Kaarli_hariduselts_Sade, lk 9
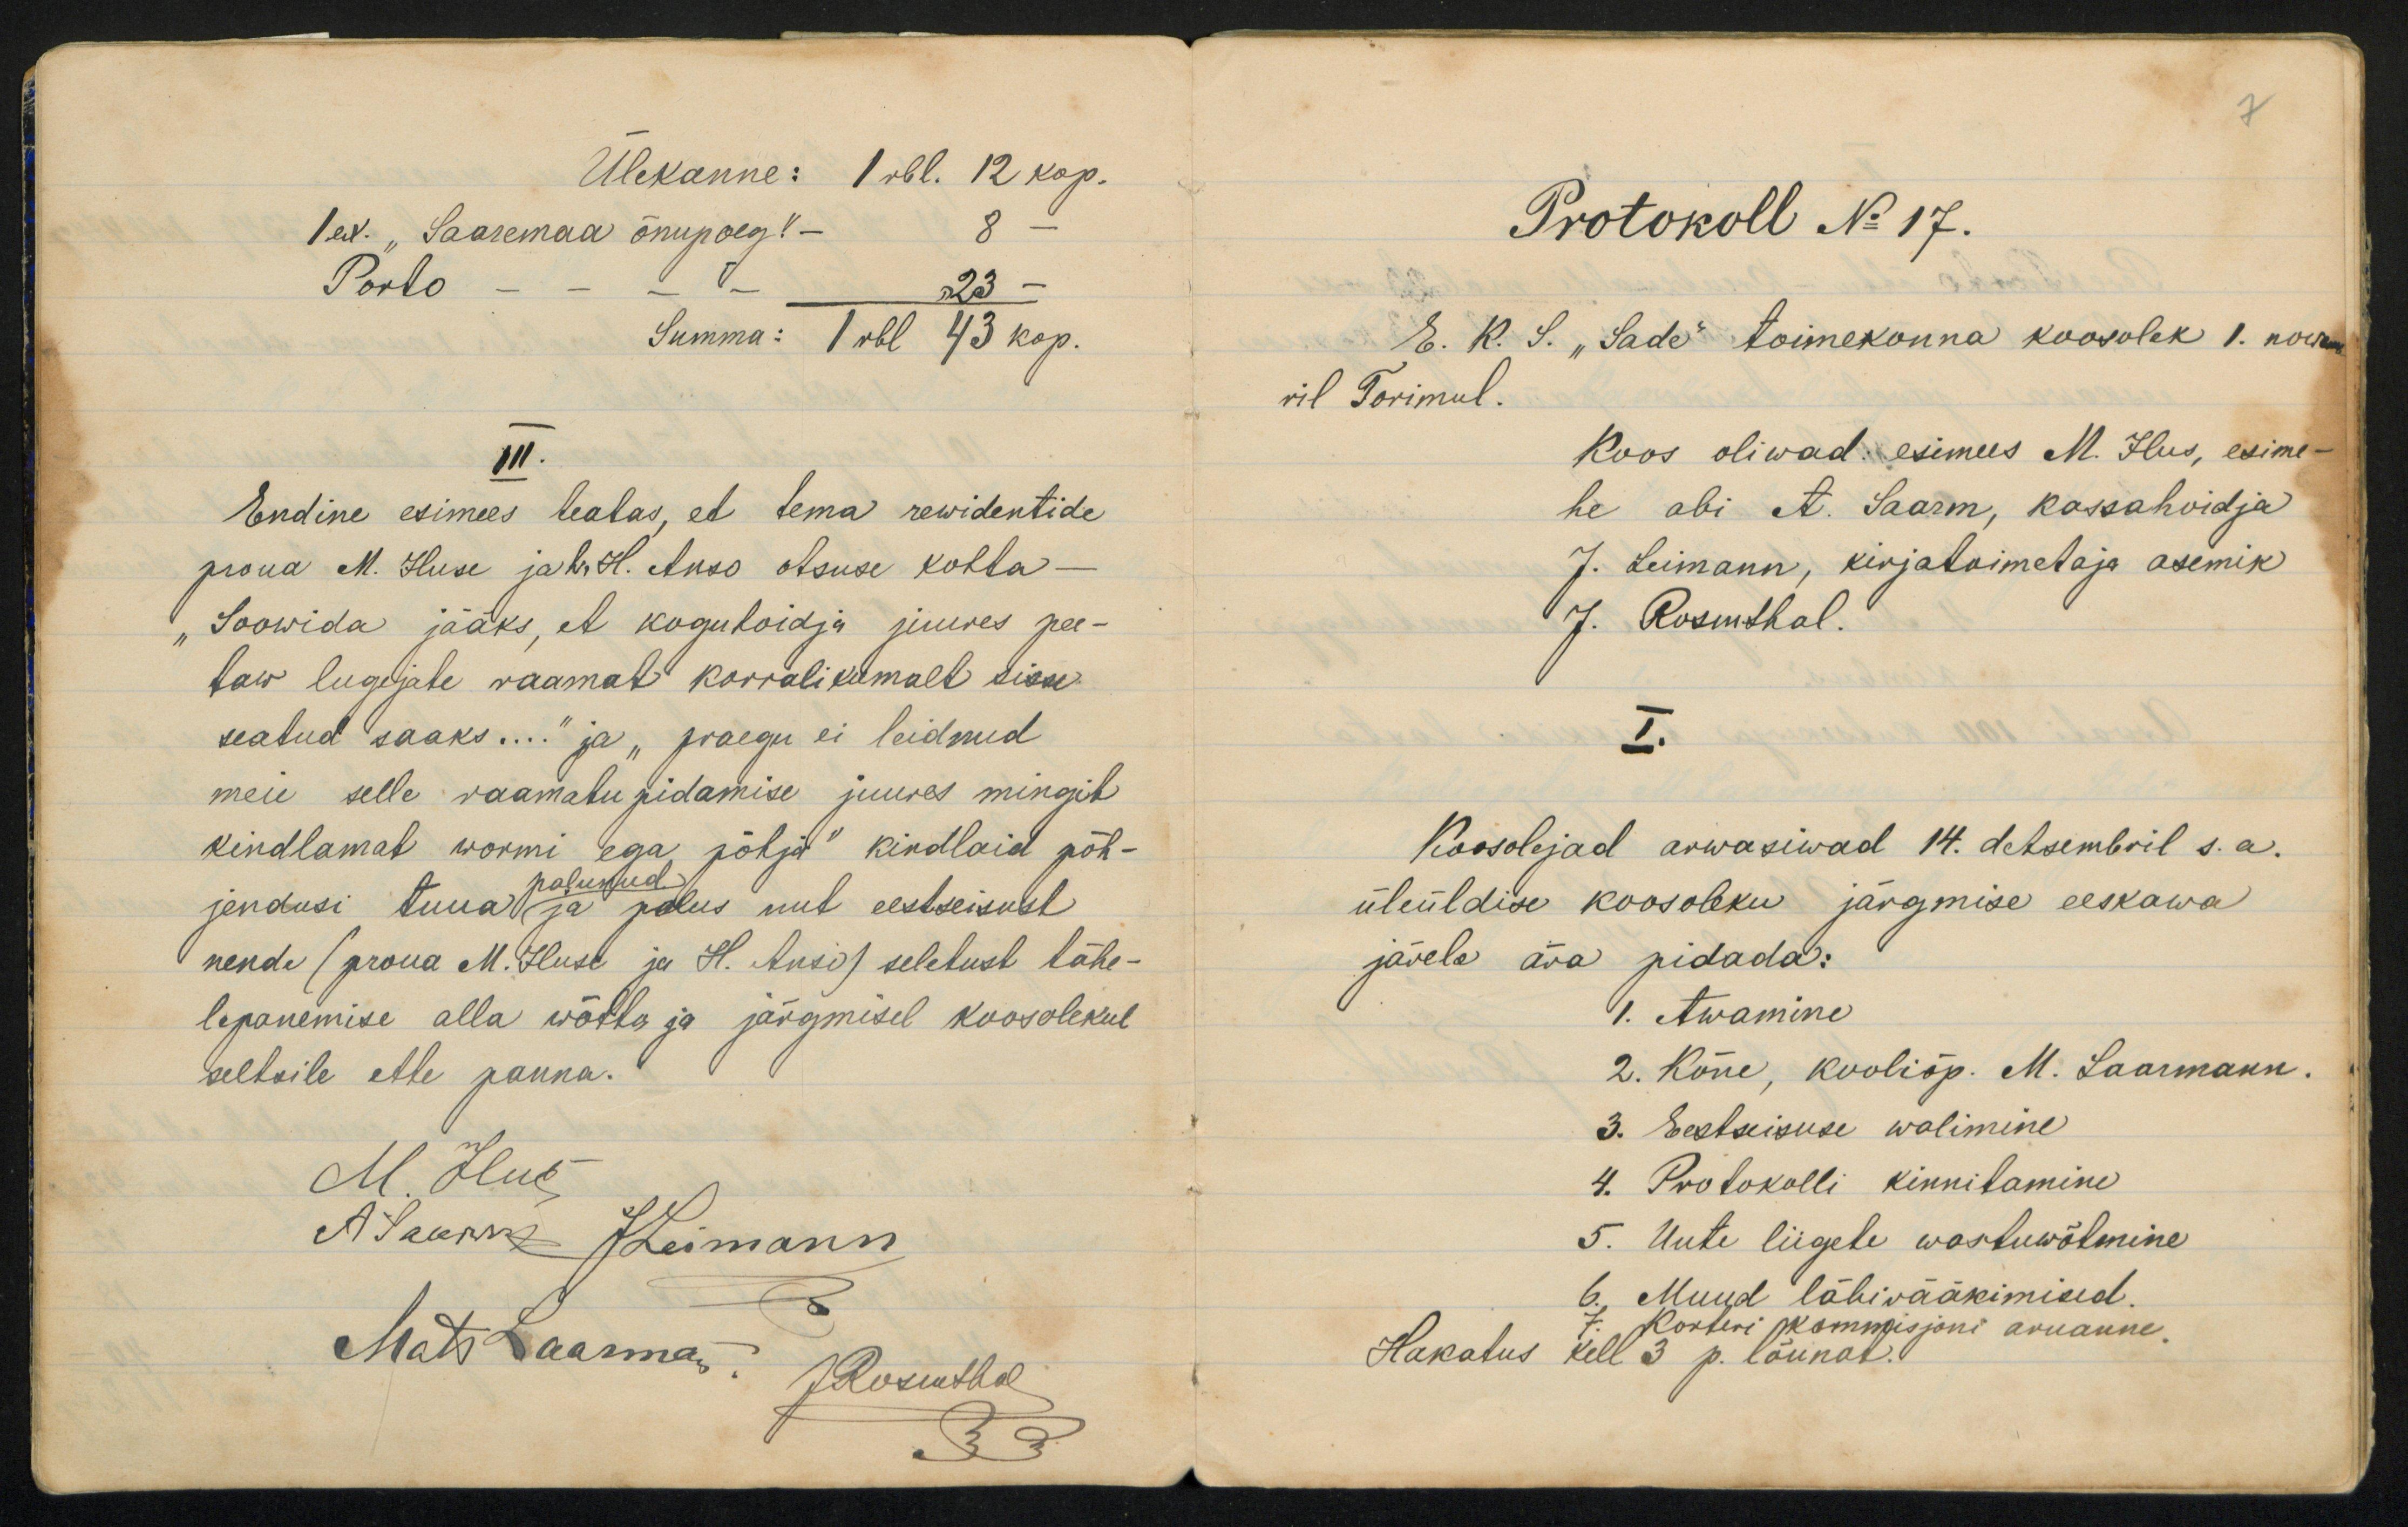
Ülekanne:Teil. "Saaremaa õnupoeg!-111.Endine esimees healas, et tema rewidentideproua M. Huse jah.Hl. Anoo otsuse kohba"Soowida jääks, et kogutoidja juures pee-taw lugijate raamat korralikamalt sisseseatud saaks...." ja "praegu ei leidnudmeie selle raamahupidamise juures mingibkindlamat wormi ega põhja" kindlaid põh-palukudjendusi tuuat a polus mut eestseisustnende (proua M.Iluse ja H. Anso) seletust lähe-lapanemise alla wõtta ja järgmisel koosolekulseltsile ette panna.8

Protokoll N. 17.E. K. S. "Sade toimekonna koosolek 1. nooraril Torimul.Koos oliwad. esimees M. Ilus, esimehe abi A. Saarm, kassahoidjaJ. Leimann, kirjatoimetaja asemikJ. Rosmthal.7.Koosolejad arwasiwad 14. detsembril s.a.üleüldise koosoleku järgmise eeskawajarele ära pidada:9. Awamine2. Kõne, kooliõp. M. Laarmann.3. Eestseisuse walimine4. Pootokolli kinnitamine5. Uute liigele wastuwõtmine6, Muud läbivääkimised.Hakatus kell 3 p. lõunab